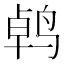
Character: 𫛱